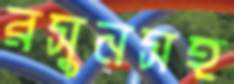
রসুনসহ